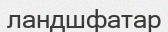
ландшфатар